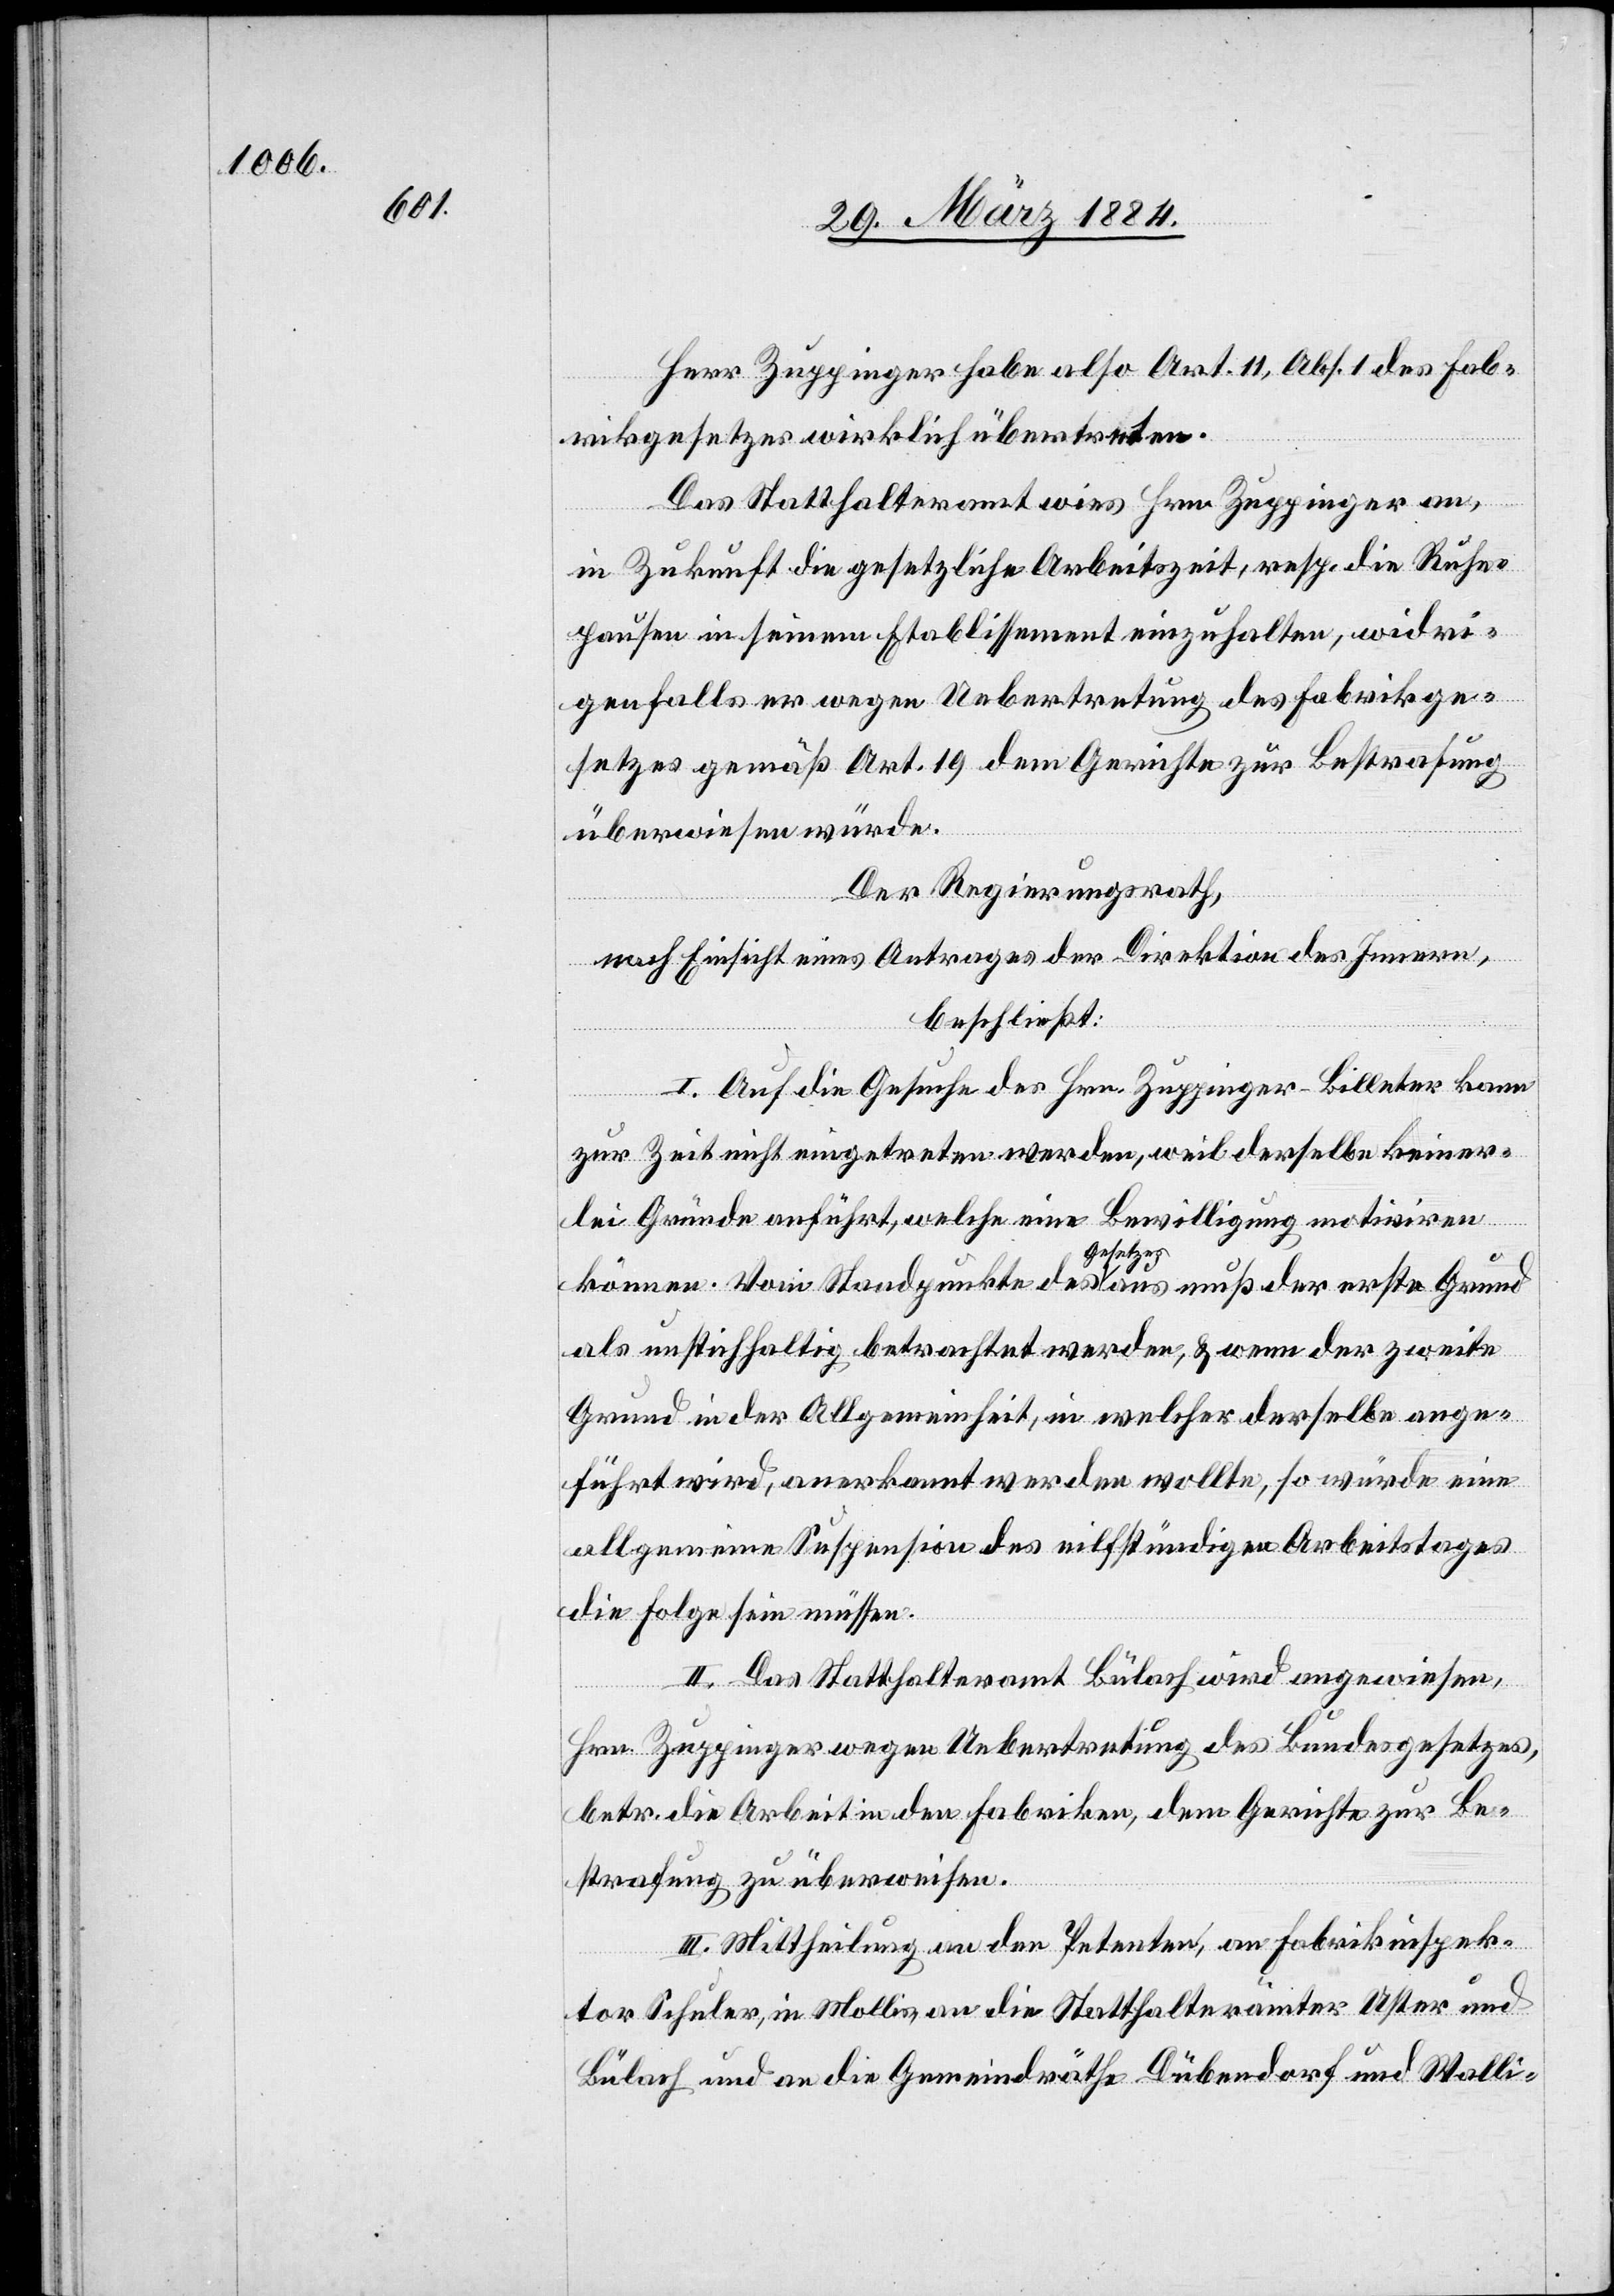
Herr Zuppinger habe also Art. 11, Abs. 1 des Fab¬
rikgesetzes wirklich übertreten.
Das Statthalteramt wies Hrn. Zuppinger an,
in Zukunft die gesetzliche Arbeitszeit, resp. die Ruhe¬
pause in seinem Etablissement einzuhalten, widri¬
genfalls er wegen Uebertretung des Fabrikge¬
setzes gemäß Art. 19 dem Gerichte zur Bestrafung
überwiesen würde.
Der Regierungsrath,
nach Einsicht eines Antrages der Direktion des Innern,
beschließt:
I. Auf die Gesuche des Hrn. Zuppinger-Billeter kann
zur Zeit nicht eingetreten werden, weil derselbe keiner¬
lei Gründe anführt, welche eine Bewilligung motiviren
könne. Vom Standpunkte des Gesetzes aus muß der erste Grund
als unstichhaltig betrachtet werden, & wenn der zweite
Grund in der Allgemeinheit, in welcher derselbe ange¬
führt wird, anerkannt werden sollte, so würde eine
allgemeine Suspension des eilfstündigen [sic!] Arbeitstages
die Folge sein müssen.
II. Das Statthalteramt Bülach wird angewiesen,
Hrn. Zuppinger wegen Uebertretung des Bundesgesetzes,
betr. die Arbeit in den Fabriken, dem Gerichte zur Be¬
strafung zu überweisen.
III. Mittheilung an den Petenten, an Fabrikinspek¬
tor Schuler, in Mollis, an die Statthalterämter Uster und
Bülach und an die Gemeindräthe Dübendorf und Walli-